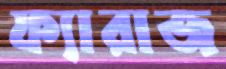
ফ্যারাজ